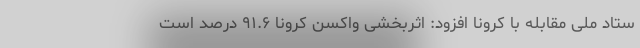
ستاد ملی مقابله با کرونا افزود: اثربخشی واکسن کرونا ٩١.۶ درصد است